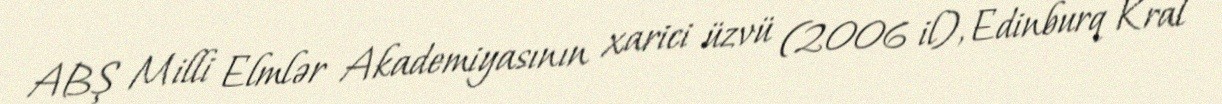
ABŞ Milli Elmlər Akademiyasının xarici üzvü (2006 il), Edinburq Kral